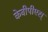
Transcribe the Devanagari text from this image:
केबीपीएस्‌